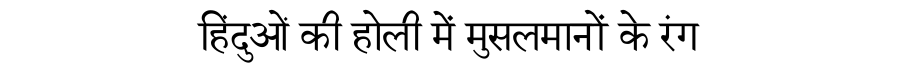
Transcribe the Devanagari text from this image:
हिंदुओं की होली में मुसलमानों के रंग